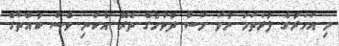
މި އަހަރުގެ ފުރަތަމަ ނުވަ މަސް ދުވަހުގެ ތެރޭ އެކަނި ވެސް ކުއްތާގެ